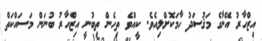
އިޒްހާރު އޭނާގެ މަޤުސަދު ހާމަކޮށްލިއެވެ. ކީއްވެ ތިހެން ތިބުނީ އިޒްހާރު ބުނަން މަސައްކަތް